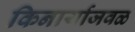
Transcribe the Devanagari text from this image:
किनार्याजवळ